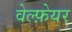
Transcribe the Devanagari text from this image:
वेल्फ़ेयर